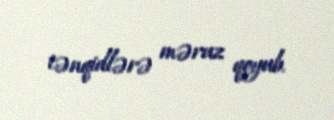
tənqidlərə məruz qoyub.